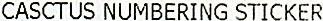
CASCTUS NUMBERING STICKER